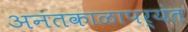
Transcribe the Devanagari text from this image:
अनंतकाळापर्यंत